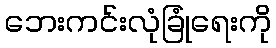
ဘေးကင်းလုံခြုံရေးကို